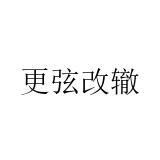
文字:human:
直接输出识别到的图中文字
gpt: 更弦改辙